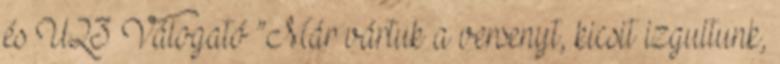
és U23 Válogató ”Már vártuk a versenyt, kicsit izgultunk,